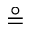
\circeq